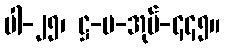
ပါ-၂၅၊ ဋ္ဌ-ပ-အုပ်-၄၄၅။